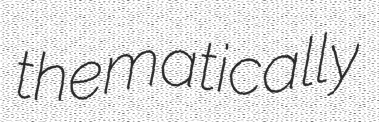
thematically